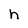
Character: h